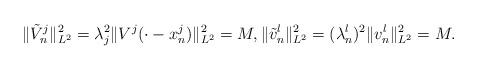
LaTeX: \begin{align*}\|\tilde{V}^j_n\|^2_{L^2} = \lambda_j^2 \|V^j(\cdot- x^j_n)\|^2_{L^2} = M, \|\tilde{v}^l_n\|^2_{L^2} = (\lambda^l_n)^2 \|v^l_n\|^2_{L^2} = M. \end{align*}